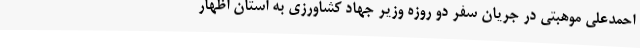
احمدعلی موهبتی در جریان سفر دو روزه وزیر جهاد کشاورزی به استان اظهار